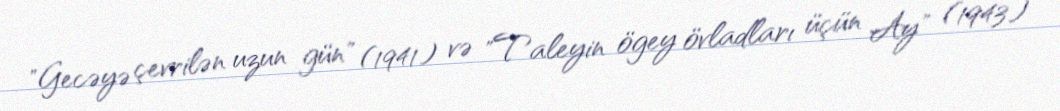
"Gecəyə çevrilən uzun gün" (1941) və "Taleyin ögey övladları üçün Ay" (1943)